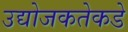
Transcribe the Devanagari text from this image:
उद्योजकतेकडे